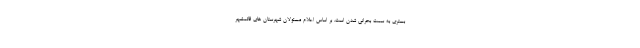
بستری به سمت بحرانی شدن است. بر اساس اعلام مسئولان شهرستان های قائمشهر